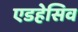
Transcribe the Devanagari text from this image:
एडहेसिव